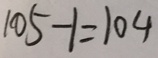
1 0 5 - 1 = 1 0 4